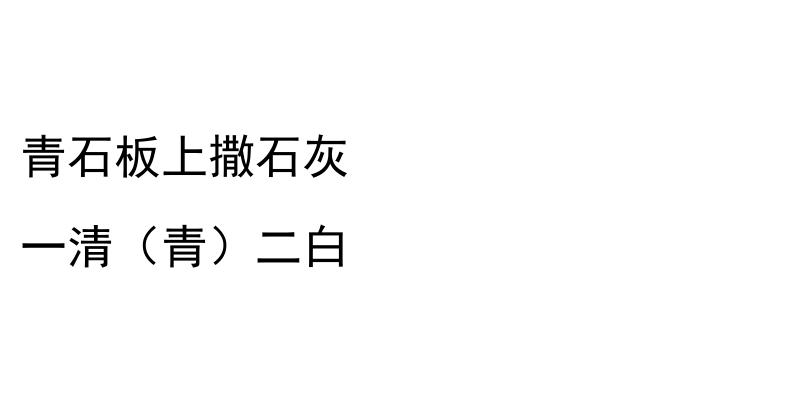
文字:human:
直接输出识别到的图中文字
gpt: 青石板上撒石灰 一清（青）二白